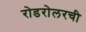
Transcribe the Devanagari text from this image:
रोडरोलरची